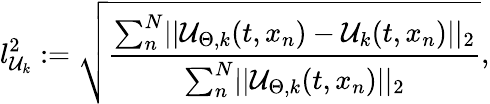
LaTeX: l_{\mathcal{U}_{k}}^{2}:=\sqrt{\frac{\sum_{n}^{N}\mathopen|\mathopen|\mathcal{U}_{\Theta,k}(t,x_{n})-\mathcal{U}_{k}(t,x_{n})\mathclose|\mathclose|_{2}}{\sum_{n}^{N}\mathopen|\mathopen|\mathcal{U}_{\Theta,k}(t,x_{n})\mathclose|\mathclose|_{2}}},